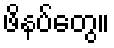
ဖိနပ်တွေ။